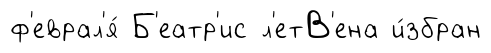
ф'еврал'я́ Б'еатр'ис л'етВ'ена и́збран